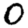
Digit: 0